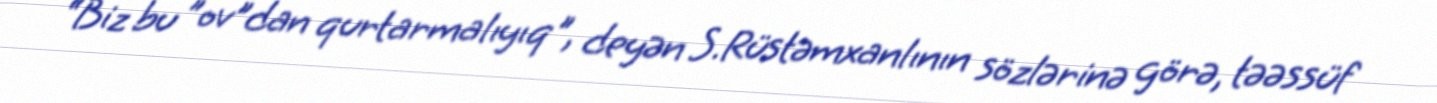
“Biz bu ”ov"dan qurtarmalıyıq", deyən S.Rüstəmxanlının sözlərinə görə, təəssüf